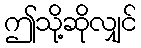
ဤသို့ဆိုလျှင်